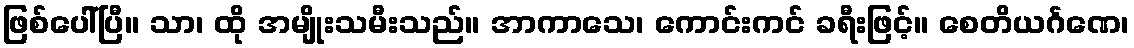
ဖြစ်ပေါ်ပြီ။ သာ၊ ထို အမျိုးသမီးသည်။ အာကာသေ၊ ကောင်းကင် ခရီးဖြင့်။ စေတိယင်္ဂဏေ၊